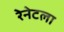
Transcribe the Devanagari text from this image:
रेनेटला